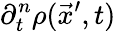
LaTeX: \partial_{t}^{n}\rho(\vec{x}^{\prime},t)